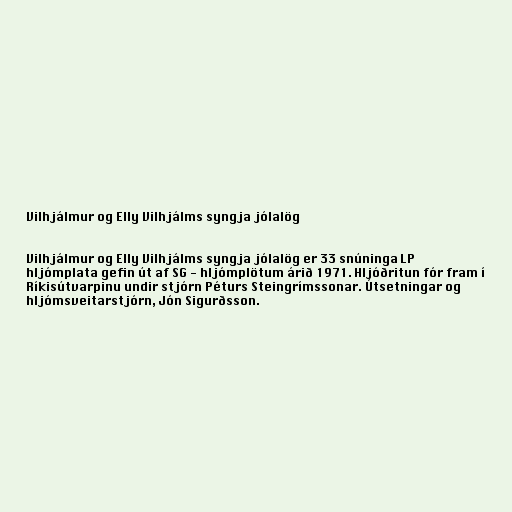
Vilhjálmur og Elly Vilhjálms syngja jólalög

Vilhjálmur og Elly Vilhjálms syngja jólalög er 33 snúninga LP
hljómplata gefin út af SG - hljómplötum árið 1971. Hljóðritun fór fram í
Ríkisútvarpinu undir stjórn Péturs Steingrímssonar. Útsetningar og
hljómsveitarstjórn, Jón Sigurðsson.